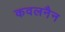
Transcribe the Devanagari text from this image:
कवलनैन